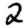
Digit: 2